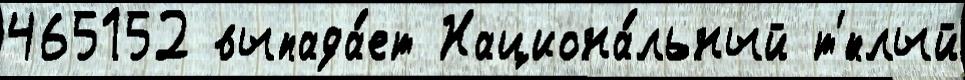
465152 выпада́ет Национа́льный т'́плый